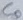
Text: C0